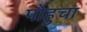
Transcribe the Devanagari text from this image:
पोहुचा